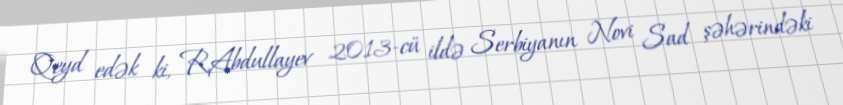
Qeyd edək ki, R.Abdullayev 2013-cü ildə Serbiyanın Novi Sad şəhərindəki